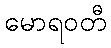
မောရဝတီ